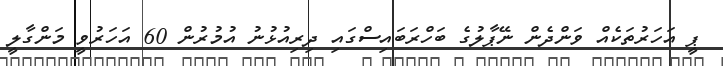
ޕީ އަހަރުތަކެއް ވަންދެން ނޭޕާލުގެ ބަހްރަބައިސްގައި ދިރިއުޅުނު އުމުރުން 60 އަހަރުވީ މަންގާލީ